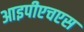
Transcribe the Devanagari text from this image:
आइपीएचएस